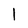
Character: l